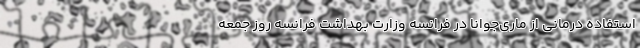
استفاده درمانی از ماری‌جوانا در فرانسه وزارت بهداشت فرانسه روز جمعه